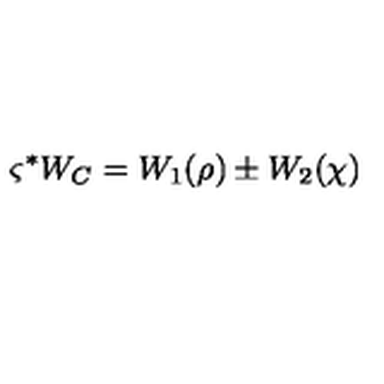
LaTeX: \varsigma ^ { * } W _ { C } = W _ { 1 } ( \rho ) \pm W _ { 2 } ( \chi )